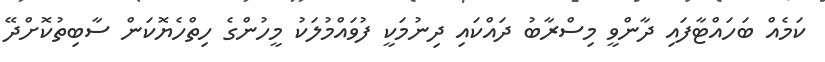
ކަމެއް ބަހައްޓާފައި ދާންވީ މިސްރާބު ދައްކައި ދިނުމަކީ ފުވައްމުލަކު މީހުންގެ ހިތްހެޔޮކަން ސާބިތުކޮށްދޭ